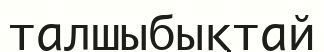
талшыбықтай